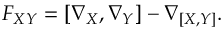
F _ { X Y } = [ \nabla _ { X } , \nabla _ { Y } ] - \nabla _ { [ X , Y ] } .